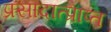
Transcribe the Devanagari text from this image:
प्रसादात्प्राप्त